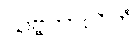
သဗ္ဗကာလိကံ